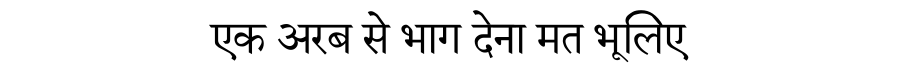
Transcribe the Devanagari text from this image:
एक अरब से भाग देना मत भूलिए